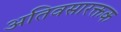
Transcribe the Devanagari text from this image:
अतिवसारक्तक